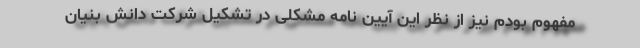
مفهوم بودم نیز از نظر این آیین نامه مشکلی در تشکیل شرکت دانش بنیان